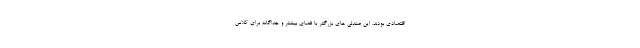
اقتصادی بودند. این صندلی های بزرگتر با فضای بیشتر و جداگانه برای کلاس